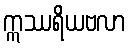
ဣဿရိယဗလာ